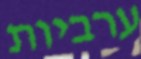
ערביות